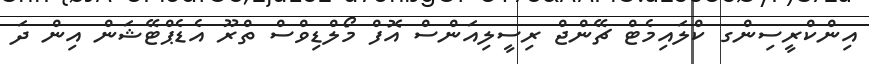
އިންކްރީސިންގ ކްލައިމެޓް ޗޭންޖް ރިސީލިއަންސް އޮފް މޯލްޑިވްސް ތްރޫ އެޑެޕްޓޭޝަން އިން ދަ